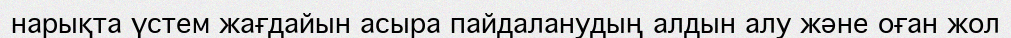
нарықта үстем жағдайын асыра пайдаланудың алдын алу және оған жол